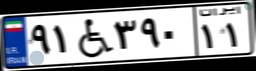
۹۱W۳۹۰۱۱